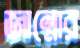
জান্নোর